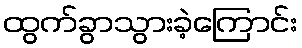
ထွက်ခွာသွားခဲ့ကြောင်း